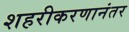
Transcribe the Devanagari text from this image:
शहरीकरणानंतर